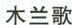
木兰歌